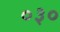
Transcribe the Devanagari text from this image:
०३०